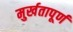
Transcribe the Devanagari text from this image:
मुर्खतापूर्ण